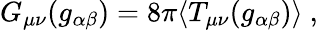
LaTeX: G_{\mu\nu}(g_{\alpha\beta})=8\pi\langle T_{\mu\nu}(g_{\alpha\beta})\rangle\ ,